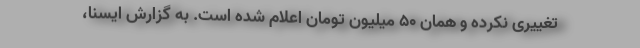
تغییری نکرده و همان ۵۰ میلیون تومان اعلام شده است. به گزارش ایسنا،